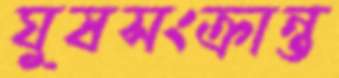
ঘুষসংক্রান্ত